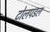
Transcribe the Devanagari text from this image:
टोलपडल